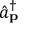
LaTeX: { \hat { a } } _ { \mathbf { p } } ^ { \dagger }